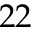
2 2